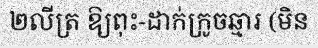
២លីត្រ ឱ្យពុះ-ដាក់ក្រូចឆ្មារ (មិន